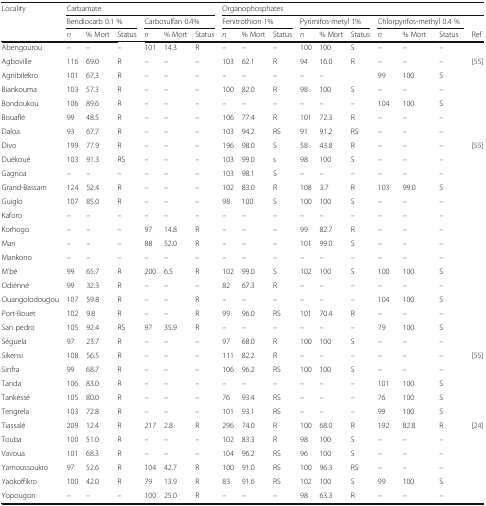
<table><thead><tr><td rowspan="3"><b>Locality</b></td><td colspan="6"><b>Carbamate</b></td><td colspan="10"><b>Organophosphates</b></td></tr><tr><td colspan="3"><b>Bendiocarb 0.1 %</b></td><td colspan="3"><b>Carbosulfan 0.4%</b></td><td colspan="3"><b>Fenitrothion 1%</b></td><td colspan="3"><b>Pyrimifos-metyl 1%</b></td><td colspan="3"><b>Chlorpyrifos-methyl 0.4 %</b></td><td></td></tr><tr><td><b><i>n</i></b></td><td><b>% Mort</b></td><td><b>Status</b></td><td><b><i>n</i></b></td><td><b>% Mort</b></td><td><b>Status</b></td><td><b><i>n</i></b></td><td><b>% Mort</b></td><td><b>Status</b></td><td><b><i>n</i></b></td><td><b>% Mort</b></td><td><b>Status</b></td><td><b><i>n</i></b></td><td><b>% Mort</b></td><td><b>Status</b></td><td><b>Ref</b></td></tr></thead><tbody><tr><td>Abengourou</td><td>–</td><td>–</td><td>–</td><td>101</td><td>14.3</td><td>R</td><td>–</td><td>–</td><td>–</td><td>100</td><td>100</td><td>S</td><td>–</td><td>–</td><td>–</td><td></td></tr><tr><td>Agboville</td><td>116</td><td>69.0</td><td>R</td><td>–</td><td>–</td><td>–</td><td>103</td><td>62.1</td><td>R</td><td>94</td><td>16.0</td><td>R</td><td>–</td><td>–</td><td>–</td><td>[55]</td></tr><tr><td>Agnibilekro</td><td>101</td><td>67.3</td><td>R</td><td>–</td><td>–</td><td>–</td><td>–</td><td>–</td><td>–</td><td>–</td><td>–</td><td></td><td>99</td><td>100</td><td>S</td><td></td></tr><tr><td>Biankouma</td><td>103</td><td>57.3</td><td>R</td><td>–</td><td>–</td><td>–</td><td>100</td><td>82.0</td><td>R</td><td>98</td><td>100</td><td>S</td><td>–</td><td>–</td><td>–</td><td></td></tr><tr><td>Bondoukou</td><td>106</td><td>89.6</td><td>R</td><td>–</td><td>–</td><td>–</td><td>–</td><td>–</td><td>–</td><td>–</td><td>–</td><td>–</td><td>104</td><td>100</td><td>S</td><td></td></tr><tr><td>Bouaflé</td><td>99</td><td>48.5</td><td>R</td><td>–</td><td>–</td><td>–</td><td>106</td><td>77.4</td><td>R</td><td>101</td><td>72.3</td><td>R</td><td>–</td><td>–</td><td>–</td><td></td></tr><tr><td>Daloa</td><td>93</td><td>67.7</td><td>R</td><td>–</td><td>–</td><td>–</td><td>103</td><td>94.2</td><td>RS</td><td>91</td><td>91.2</td><td>RS</td><td>–</td><td>–</td><td>–</td><td></td></tr><tr><td>Divo</td><td>199</td><td>77.9</td><td>R</td><td>–</td><td>–</td><td>–</td><td>196</td><td>98.0</td><td>S</td><td>58</td><td>43.8</td><td>R</td><td>–</td><td>–</td><td>–</td><td>[55]</td></tr><tr><td>Duékoué</td><td>103</td><td>91.3</td><td>RS</td><td>–</td><td>–</td><td>–</td><td>103</td><td>99.0</td><td>s</td><td>98</td><td>100</td><td>S</td><td>–</td><td>–</td><td>–</td><td></td></tr><tr><td>Gagnoa</td><td>–</td><td>–</td><td>–</td><td>–</td><td>–</td><td>–</td><td>103</td><td>98.1</td><td>S</td><td>–</td><td>–</td><td>–</td><td>–</td><td>–</td><td>–</td><td></td></tr><tr><td>Grand-Bassam</td><td>124</td><td>52.4</td><td>R</td><td>–</td><td>–</td><td>–</td><td>102</td><td>83.0</td><td>R</td><td>108</td><td>3.7</td><td>R</td><td>103</td><td>99.0</td><td>S</td><td></td></tr><tr><td>Guiglo</td><td>107</td><td>85.0</td><td>R</td><td>–</td><td>–</td><td>–</td><td>98</td><td>100</td><td>S</td><td>100</td><td>100</td><td>S</td><td>–</td><td>–</td><td>–</td><td></td></tr><tr><td>Kaforo</td><td>–</td><td>–</td><td>–</td><td>–</td><td>–</td><td>–</td><td>–</td><td>–</td><td>–</td><td>–</td><td>–</td><td>–</td><td>–</td><td>–</td><td>–</td><td></td></tr><tr><td>Korhogo</td><td>–</td><td>–</td><td>–</td><td>97</td><td>14.8</td><td>R</td><td>–</td><td>–</td><td>–</td><td>99</td><td>82.7</td><td>R</td><td>–</td><td>–</td><td>–</td><td></td></tr><tr><td>Man</td><td>–</td><td>–</td><td>–</td><td>88</td><td>52.0</td><td>R</td><td>–</td><td>–</td><td>–</td><td>101</td><td>99.0</td><td>S</td><td>–</td><td>–</td><td>–</td><td></td></tr><tr><td>Mankono</td><td>–</td><td>–</td><td>–</td><td>–</td><td>–</td><td>–</td><td>–</td><td>–</td><td>–</td><td>–</td><td>–</td><td>–</td><td>–</td><td>–</td><td>–</td><td></td></tr><tr><td>M&#x27;bé</td><td>99</td><td>65.7</td><td>R</td><td>200</td><td>6.5</td><td>R</td><td>102</td><td>99.0</td><td>S</td><td>102</td><td>100</td><td>S</td><td>100</td><td>100</td><td>S</td><td></td></tr><tr><td>Odiénné</td><td>99</td><td>32.3</td><td>R</td><td>–</td><td>–</td><td>–</td><td>82</td><td>67.3</td><td>R</td><td>–</td><td>–</td><td>–</td><td>–</td><td>–</td><td>–</td><td></td></tr><tr><td>Ouangolodougou</td><td>107</td><td>59.8</td><td>R</td><td>–</td><td>–</td><td>R</td><td>–</td><td>–</td><td>–</td><td>–</td><td>–</td><td>–</td><td>104</td><td>100</td><td>S</td><td></td></tr><tr><td>Port-Bouet</td><td>102</td><td>9.8</td><td>R</td><td>–</td><td>–</td><td>R</td><td>99</td><td>96.0</td><td>RS</td><td>101</td><td>70.4</td><td>R</td><td>–</td><td>–</td><td>–</td><td></td></tr><tr><td>San pedro</td><td>105</td><td>92.4</td><td>RS</td><td>97</td><td>35.9</td><td>R</td><td>–</td><td>–</td><td>–</td><td>–</td><td>–</td><td>–</td><td>79</td><td>100</td><td>S</td><td></td></tr><tr><td>Séguela</td><td>97</td><td>23.7</td><td>R</td><td>–</td><td>–</td><td>–</td><td>97</td><td>68.0</td><td>R</td><td>100</td><td>100</td><td>S</td><td>–</td><td>–</td><td>–</td><td></td></tr><tr><td>Sikensi</td><td>108</td><td>56.5</td><td>R</td><td>–</td><td>–</td><td>–</td><td>111</td><td>82.2</td><td>R</td><td>–</td><td>–</td><td>–</td><td>–</td><td>–</td><td>–</td><td>[55]</td></tr><tr><td>Sinfra</td><td>99</td><td>68.7</td><td>R</td><td>–</td><td>–</td><td>–</td><td>106</td><td>96.2</td><td>RS</td><td>100</td><td>100</td><td>S</td><td>–</td><td>–</td><td>–</td><td></td></tr><tr><td>Tanda</td><td>106</td><td>83.0</td><td>R</td><td>–</td><td>–</td><td>–</td><td>–</td><td>–</td><td>–</td><td>–</td><td>–</td><td>–</td><td>101</td><td>100</td><td>S</td><td></td></tr><tr><td>Tankéssé</td><td>105</td><td>80.0</td><td>R</td><td>–</td><td>–</td><td>–</td><td>76</td><td>93.4</td><td>RS</td><td>–</td><td>–</td><td>–</td><td>76</td><td>100</td><td>S</td><td></td></tr><tr><td>Tengrela</td><td>103</td><td>72.8</td><td>R</td><td>–</td><td>–</td><td>–</td><td>101</td><td>93.1</td><td>RS</td><td>–</td><td>–</td><td>–</td><td>99</td><td>100</td><td>S</td><td></td></tr><tr><td>Tiassalé</td><td>209</td><td>12.4</td><td>R</td><td>217</td><td>2.8</td><td>R</td><td>296</td><td>74.0</td><td>R</td><td>100</td><td>68.0</td><td>R</td><td>192</td><td>82.8</td><td>R</td><td>[24]</td></tr><tr><td>Touba</td><td>100</td><td>51.0</td><td>R</td><td>–</td><td>–</td><td>–</td><td>102</td><td>83.3</td><td>R</td><td>98</td><td>100</td><td>S</td><td>–</td><td>–</td><td>–</td><td></td></tr><tr><td>Vavoua</td><td>101</td><td>68.3</td><td>R</td><td>–</td><td>–</td><td>–</td><td>104</td><td>96.2</td><td>RS</td><td>96</td><td>100</td><td>S</td><td>–</td><td>–</td><td>–</td><td></td></tr><tr><td>Yamoussoukro</td><td>97</td><td>52.6</td><td>R</td><td>104</td><td>42.7</td><td>R</td><td>100</td><td>91.0</td><td>RS</td><td>100</td><td>96.3</td><td>RS</td><td>–</td><td>–</td><td>–</td><td></td></tr><tr><td>Yaokoffikro</td><td>100</td><td>42.0</td><td>R</td><td>79</td><td>13.9</td><td>R</td><td>83</td><td>91.6</td><td>RS</td><td>102</td><td>100</td><td>S</td><td>99</td><td>100</td><td>S</td><td></td></tr><tr><td>Yopougon</td><td>–</td><td>–</td><td>–</td><td>100</td><td>25.0</td><td>R</td><td>–</td><td>–</td><td>–</td><td>98</td><td>63.3</td><td>R</td><td>–</td><td>–</td><td>–</td><td></td></tr></tbody></table>